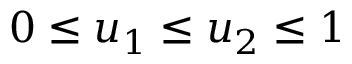
0 \leq u _ { 1 } \leq u _ { 2 } \leq 1